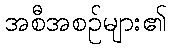
အစီအစဉ်များ၏